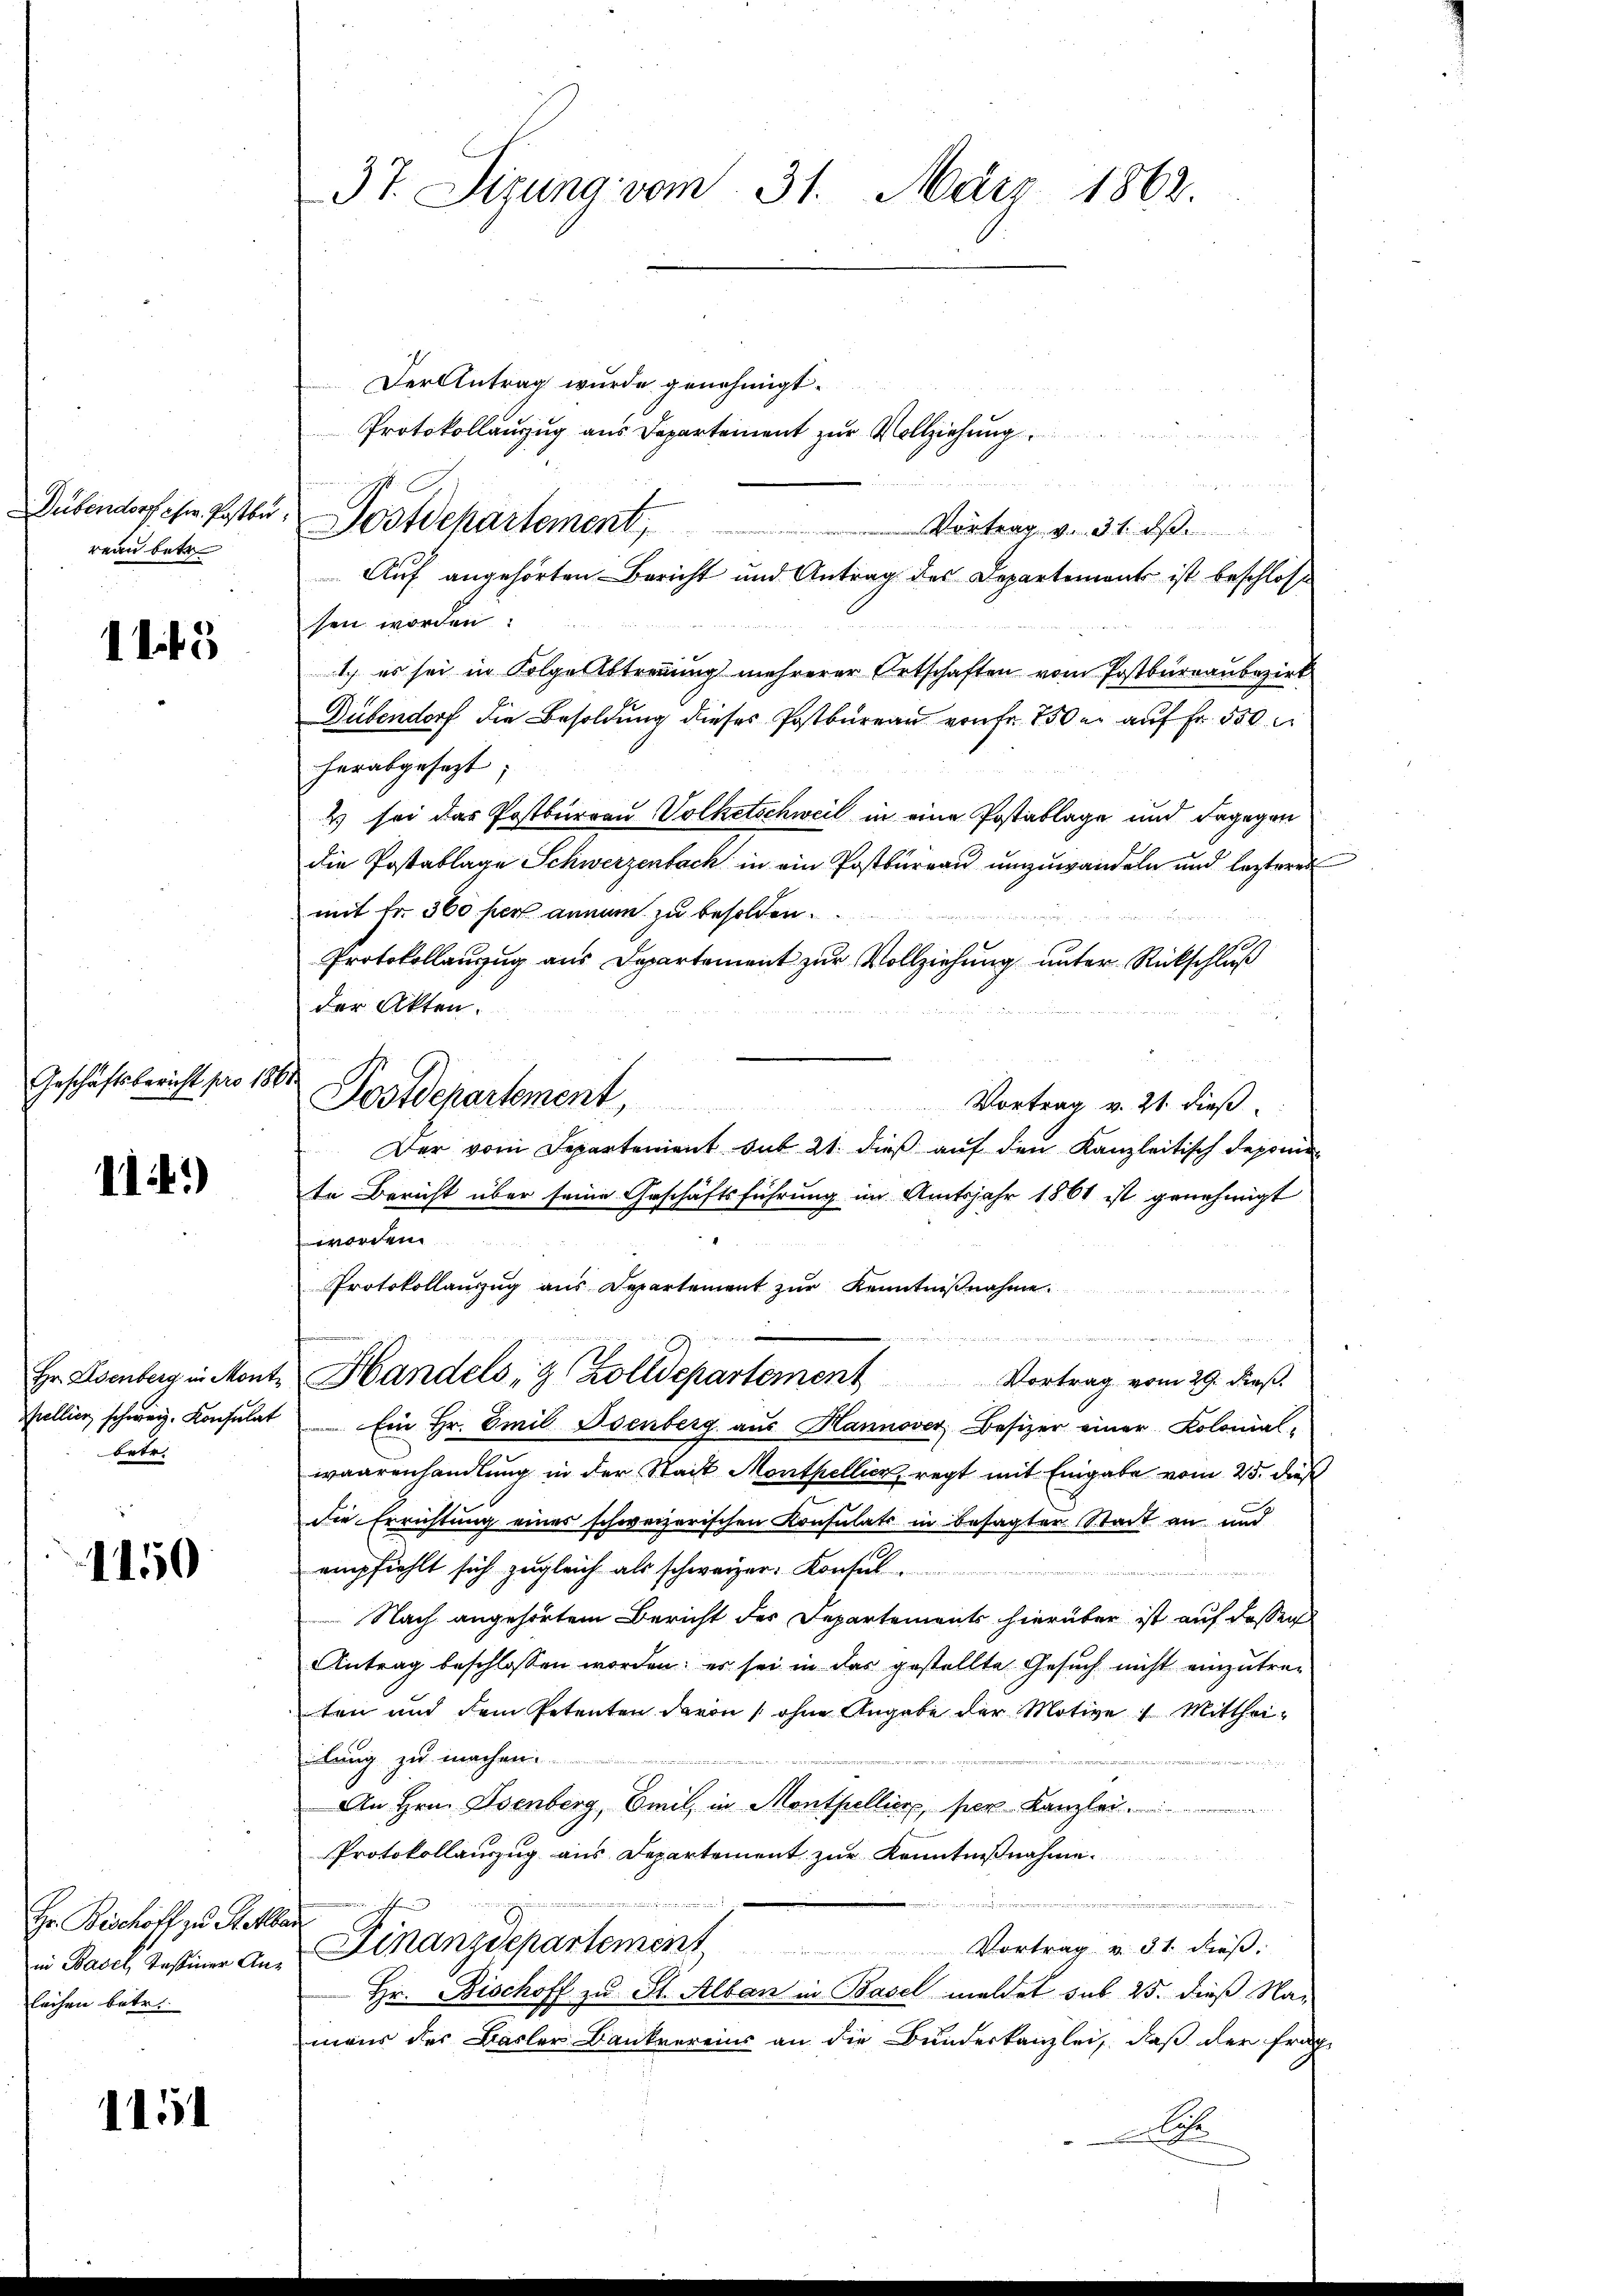
reau betr

115

Geschäftsbericht pro 1861

1141)

Hr. Eisenberg in Mont
Mellier schweiz. Konsulat
betr.

1450

Hr. Bischoff zu Rotter
leihen betr.

1151

37. Sizung vom 31. März 1862.

Dübendorf ihre Posten Postdepartement,

Der Antrag wurde genehmigt.
Protokollanzug aus Departement zur Vollziehung
  .
Vortrag v. 31. ds.
Auf angehörten Bericht und Antrag des Departement ist beschlosse
sen worden:
1.) es sei in Folge Abtrennung mehrerer Ortschaften vom Postbureaubezirk
Dübendorf die Besoldung dieses Postbureau von Fr. 750 er auf Fr. 500
herabgesezt
2 sei das Postburrau Volketschweil in eine Postablage und dagegen
die Postablage Schwerzenbach in ein Postburgau umzuwandeln und lezteres
mit Fr. 360 her annam zu besolden.
Protokollauzug aus Departement zur Vollziehung unter Rückschluß
der Akten.
Postdepartement,
Vortrag v. 21. dieß
Der vom Departement sub 21. dieß auf den Kanzleitisch deponie
fe Bericht über seine Geschäftsführung im Amtsjahr 1861 ist genehmigt
worden
Protokollauszug aus Departement zur Kenntnißnahme.

Handels, 9 Zolldepartement
Vortrag vom 29. dieß.
Ein Hr. Emil Osenberg aus Hannover, Besizer einer Kolonial-
waarenhandlung in der Stadt Monthellier, regt mit Eingabe vom 25. dieß
die Errichtung eines schweizerischen Konsulats in besagter Stadt an und
empfiehlt sich zugleich als schweizer-Konsul
Nach angehörtem Bericht der Departements hierüber ist auf dessen
Antrag beschlossen worden; es sei in das gestellte Gesuch nicht einzutre-
ten und dem Petenten davon ohne Angabe der Motive Mittheilung zu machen.

An Hrn. Osenberg, Emil, in Montpelliere, per Kanzlei
Protokollauszug aus Departement zur Kenntnißnahme

e
a
in Basel, Testiner Aus Finanzdepartement Vortrag 31. Diess. |
Hr. Bischoff zu St. Alban in Basel meldet sub 25. dieß Na-
mans des Basler Bankvereins an die Bundeskanzlei, daß der Frag
A